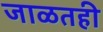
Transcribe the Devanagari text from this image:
जाळतही